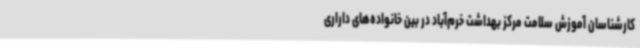
کارشناسان آموزش سلامت مرکز بهداشت خرم‌آباد در بین خانواده‌های داراری